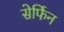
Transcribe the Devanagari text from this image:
सेर्फिन